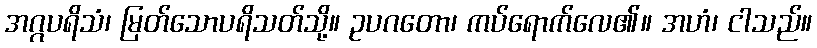
အဂ္ဂပရိသံ၊ မြတ်သောပရိသတ်သို့။ ဥပဂတော၊ ကပ်ရောက်လေ၏။ အဟံ၊ ငါသည်။